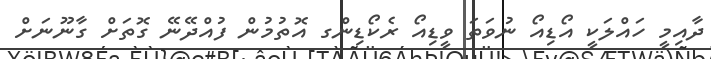
ދާއިމީ ހައްލަކީ އޯޑިއޯ ނުވަތަ ވީޑިއޯ ރެކޯޑިންގ އޮތުމުން ފުއްދޭނޭ ގޮތަށް ގާނޫނަށް